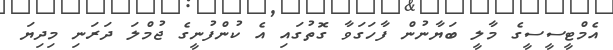
އެމްޓީސީސީގެ މާލީ ބަޔާނުން ފާހަގަވާ ގޮތުގައި އެ ކުންފުނީގެ ޖުމްލަ ދަރަނި މިދިޔަ